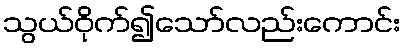
သွယ်ဝိုက်၍သော်လည်းကောင်း